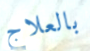
بالعلاج